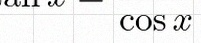
\tan x=\frac{\sin x}{\cos x}